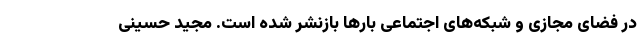
در فضای مجازی و شبکه‌های اجتماعی بارها بازنشر شده است. مجید حسینی